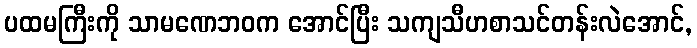
ပထမကြီးကို သာမဏေဘဝက အောင်ပြီး သကျသီဟစာသင်တန်းလဲအောင်,